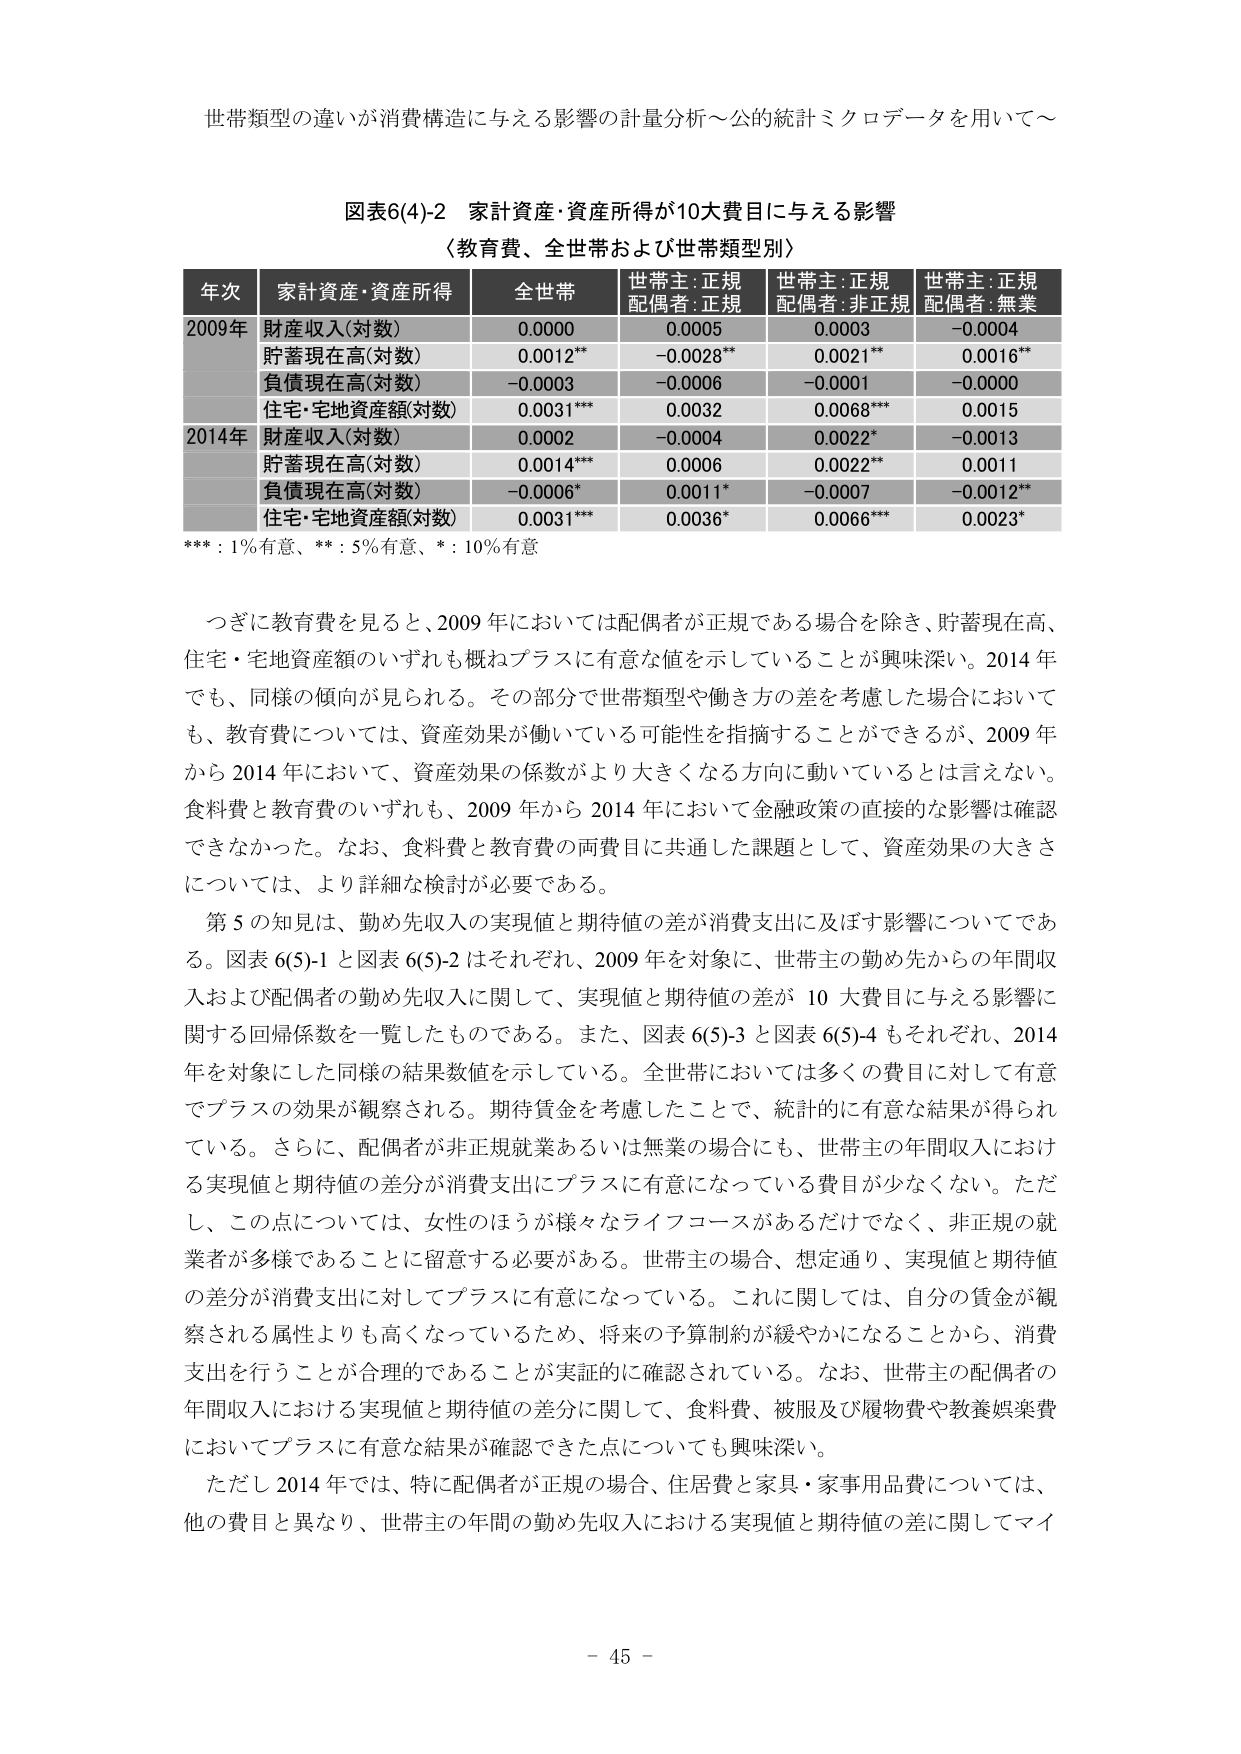
世帯類型の違いが消費構造に与える影響の計量分析～公的統計ミクロデータを用いて～

図表6(4)-2 家計資産・資産所得が10大費目に与える影響
〈教育費、全世帯および世帯類型別〉

年次 家計資産・資産所得 全世帯 世帯主:正規 配偶者:正規 世帯主:正規 配偶者:非正規 世帯主:正規 配偶者:無業
2009年 財産収入(対数) 0.0000 0.0005 0.0003 -0.0004
 貯蓄現在高(対数) 0.0012** -0.0028** 0.0021** 0.0016**
 負債現在高(対数) -0.0003 -0.0006 -0.0001 -0.0000
 住宅・宅地資産額(対数) 0.0031*** 0.0032 0.0068*** 0.0015
2014年 財産収入(対数) 0.0002 -0.0004 0.0022* -0.0013
 貯蓄現在高(対数) 0.0014*** 0.0006 0.0022** 0.0011
 負債現在高(対数) -0.0006* 0.0011* -0.0007 -0.0012**
 住宅・宅地資産額(対数) 0.0031*** 0.0036* 0.0066*** 0.0023*

*** : 1%有意、** : 5%有意、* : 10%有意

つぎに教育費を見ると、2009年においては配偶者が正規である場合を除き、貯蓄現在高、住宅・宅地資産額のいずれも概ねプラスに有意な値を示していることが興味深い。2014年でも、同様の傾向が見られる。その部分で世帯類型や働き方の差を考慮した場合においても、教育費については、資産効果が働いている可能性を指摘することができるが、2009年から2014年において、資産効果の係数がより大きくなる方向に動いているとは言えない。食料費と教育費のいずれも、2009年から2014年において金融政策の直接的な影響は確認できなかった。なお、食料費と教育費の両費目に共通した課題として、資産効果の大きさについては、より詳細な検討が必要である。

第5の知見は、勤め先収入の実現値と期待値の差が消費支出に及ぼす影響についてである。図表6(5)-1と図表6(5)-2はそれぞれ、2009年を対象に、世帯主の勤め先からの年間収入および配偶者の勤め先収入に関して、実現値と期待値の差が10大費目に与える影響に関する回帰係数を一覧したものである。また、図表6(5)-3と図表6(5)-4もそれぞれ、2014年を対象にした同様の結果数値を示している。全世帯においては多くの費目に対して有意でプラスの効果が観察される。期待賃金を考慮したことで、統計的に有意な結果が得られている。さらに、配偶者が非正規就業あるいは無業の場合にも、世帯主の年間収入における実現値と期待値の差分が消費支出にプラスに有意になっている費目が少なくない。ただし、この点については、女性のほうが様々なライフコースがあるだけでなく、非正規の就業者が多様であることに留意する必要がある。世帯主の場合、想定通り、実現値と期待値の差分が消費支出に対してプラスに有意になっている。これに関しては、自分の賃金が観察される属性よりも高くなっているため、将来の予算制約が緩やかになることから、消費支出を行うことが合理的であることが実証的に確認されている。なお、世帯主の配偶者の年間収入における実現値と期待値の差分に関して、食料費、被服及び履物費や教養娯楽費においてプラスに有意な結果が確認できた点についても興味深い。

ただし2014年では、特に配偶者が正規の場合、住居費と家具・家事用品費については、他の費目と異なり、世帯主の年間の勤め先収入における実現値と期待値の差に関してマイ

- 45 -